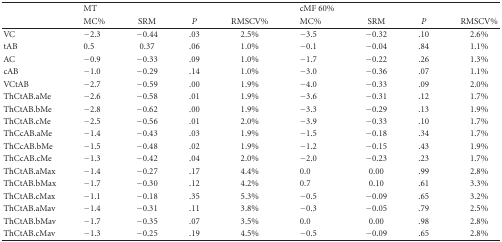
<table><thead><tr><td></td><td><b>MT</b></td><td></td><td></td><td></td><td><b>cMF 60%</b></td><td></td><td></td><td></td></tr><tr><td></td><td><b>MC%</b></td><td><b>SRM</b></td><td><b><i>P</i></b></td><td><b>RMSCV%</b></td><td><b>MC%</b></td><td><b>SRM</b></td><td><b><i>P</i></b></td><td><b>RMSCV%</b></td></tr></thead><tbody><tr><td>VC</td><td>−2.3</td><td>−0.44</td><td>.03</td><td>2.5%</td><td>−3.5</td><td>−0.32</td><td>.10</td><td>2.6%</td></tr><tr><td>tAB</td><td>0.5</td><td>0.37</td><td>.06</td><td>1.0%</td><td>−0.1</td><td>−0.04</td><td>.84</td><td>1.1%</td></tr><tr><td>AC</td><td>−0.9</td><td>−0.33</td><td>.09</td><td>1.0%</td><td>−1.7</td><td>−0.22</td><td>.26</td><td>1.3%</td></tr><tr><td>cAB</td><td>−1.0</td><td>−0.29</td><td>.14</td><td>1.0%</td><td>−3.0</td><td>−0.36</td><td>.07</td><td>1.1%</td></tr><tr><td>VCtAB</td><td>−2.7</td><td>−0.59</td><td>.00</td><td>1.9%</td><td>−4.0</td><td>−0.33</td><td>.09</td><td>2.0%</td></tr><tr><td>ThCtAB.aMe</td><td>−2.6</td><td>−0.58</td><td>.01</td><td>1.9%</td><td>−3.6</td><td>−0.31</td><td>.12</td><td>1.7%</td></tr><tr><td>ThCtAB.bMe</td><td>−2.8</td><td>−0.62</td><td>.00</td><td>1.9%</td><td>−3.3</td><td>−0.29</td><td>.13</td><td>1.9%</td></tr><tr><td>ThCtAB.cMe</td><td>−2.5</td><td>−0.56</td><td>.01</td><td>2.0%</td><td>−3.9</td><td>−0.33</td><td>.10</td><td>1.7%</td></tr><tr><td>ThCcAB.aMe</td><td>−1.4</td><td>−0.43</td><td>.03</td><td>1.9%</td><td>−1.5</td><td>−0.18</td><td>.34</td><td>1.7%</td></tr><tr><td>ThCcAB.bMe</td><td>−1.5</td><td>−0.48</td><td>.02</td><td>1.9%</td><td>−1.2</td><td>−0.15</td><td>.43</td><td>1.9%</td></tr><tr><td>ThCcAB.cMe</td><td>−1.3</td><td>−0.42</td><td>.04</td><td>2.0%</td><td>−2.0</td><td>−0.23</td><td>.23</td><td>1.7%</td></tr><tr><td>ThCtAB.aMax</td><td>−1.4</td><td>−0.27</td><td>.17</td><td>4.4%</td><td>0.0</td><td>0.00</td><td>.99</td><td>2.8%</td></tr><tr><td>ThCtAB.bMax</td><td>−1.7</td><td>−0.30</td><td>.12</td><td>4.2%</td><td>0.7</td><td>0.10</td><td>.61</td><td>3.3%</td></tr><tr><td>ThCtAB.cMax</td><td>−1.1</td><td>−0.18</td><td>.35</td><td>5.3%</td><td>−0.5</td><td>−0.09</td><td>.65</td><td>3.2%</td></tr><tr><td>ThCtAB.aMav</td><td>−1.4</td><td>−0.31</td><td>.11</td><td>3.8%</td><td>−0.3</td><td>−0.05</td><td>.79</td><td>2.5%</td></tr><tr><td>ThCtAB.bMav</td><td>−1.7</td><td>−0.35</td><td>.07</td><td>3.5%</td><td>0.0</td><td>0.00</td><td>.98</td><td>2.8%</td></tr><tr><td>ThCtAB.cMav</td><td>−1.3</td><td>−0.25</td><td>.19</td><td>4.5%</td><td>−0.5</td><td>−0.09</td><td>.65</td><td>2.8%</td></tr></tbody></table>